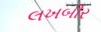
લખબીર